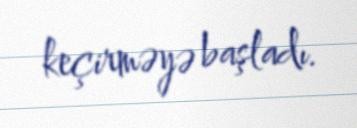
keçirməyə başladı.